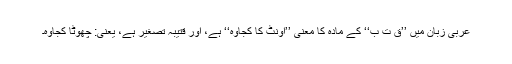
عربی زبان میں ’’ق ت ب‘‘ کے مادہ کا معنی ’’اونٹ کا کجاوہ‘‘ ہے، اور قتیبہ تصغیر ہے، یعنی: چھوٹا کجاوہ۔